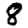
Digit: 8